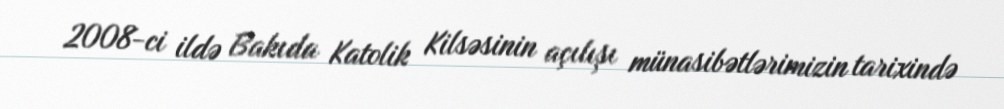
2008-ci ildə Bakıda Katolik Kilsəsinin açılışı münasibətlərimizin tarixində